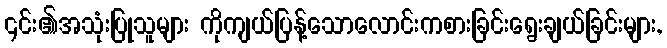
၎င်း၏အသုံးပြုသူများ ကိုကျယ်ပြန့်သောလောင်းကစားခြင်းရွေးချယ်ခြင်းများ,